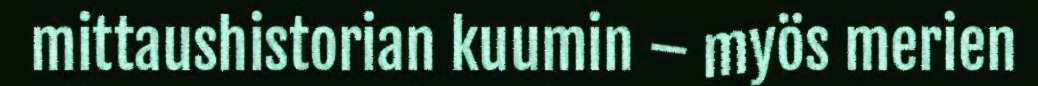
mittaushistorian kuumin – myös merien